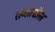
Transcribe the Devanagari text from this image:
तब्लाडोस